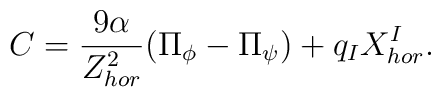
C = \frac{9\alpha}{Z_{hor}^2}(\Pi_{\phi} - \Pi_{\psi}) + q_IX^I_{hor}.